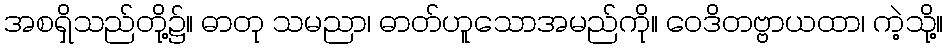
အစရှိသည်တို့၌။ ဓာတု သမညာ၊ ဓာတ်ဟူသောအမည်ကို။ ဝေဒိတဗ္ဗာယထာ၊ ကဲ့သို့။